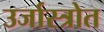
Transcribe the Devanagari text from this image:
उर्जास्त्रोत